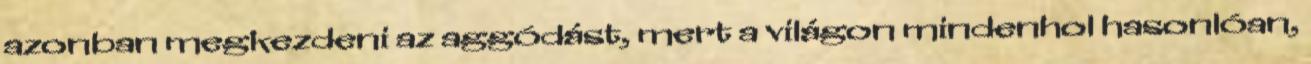
azonban megkezdeni az aggódást, mert a világon mindenhol hasonlóan,